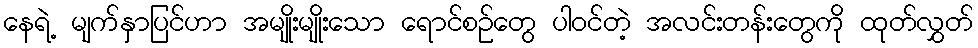
နေရဲ့ မျက်နှာပြင်ဟာ အမျိုးမျိုးသော ရောင်စဉ်တွေ ပါဝင်တဲ့ အလင်းတန်းတွေကို ထုတ်လွှတ်